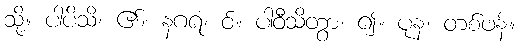
သို့။ ပါပိသိ၊ ၏။ နဂရံ၊ ဝ်။ ပါဝီသိတွာ၊ ၍။ ပုန၊ တစ်ဖန်။